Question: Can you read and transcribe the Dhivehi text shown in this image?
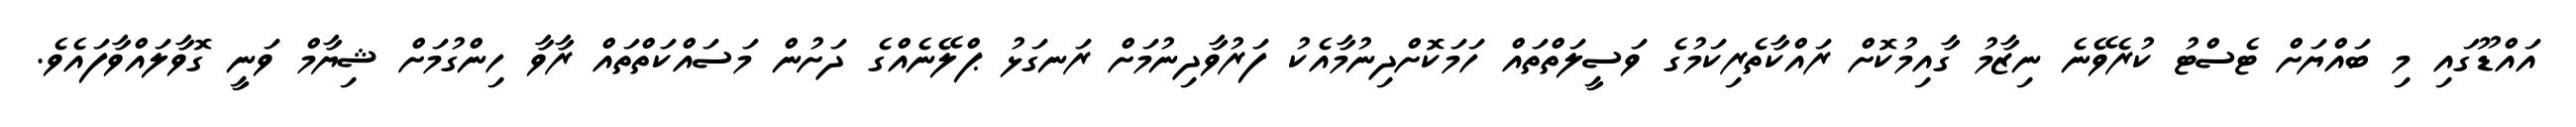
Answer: އައްޑޫގައި މި ބައްޔަށް ޓެސްޓު ކުރެވޭނެ ނިޒާމު ގާއިމުކޮށް ރައްކާތެރިކަމުގެ ވަސީލަތްތައް ހަމަކޮށްދިނުމާއެކު ފަރުވާދިނުމަށް ރަނގަޅު ޕްލޭނެއްގެ ދަށުން މަސައްކަތްތައް ރާވާ ހިންގުމަށް ޝިޔާމް ވަނީ ގޮވާލައްވާފައެވެ.